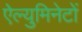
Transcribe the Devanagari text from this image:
ऐल्युमिनेटों